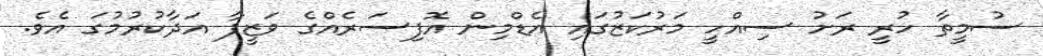
ސުމީތާ ހުރީ ރަށު ސިއްހީ މަރުކަޒުގައި އެޑްމިން އޮފިސަރެއްގެ ވަޒީފާ އަދާކުރުމުގަ އެވެ.